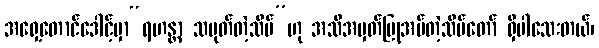
အရှေ့တောင်ဒေါင့်မှာ“ရဟန္တာ သမုတ်တဲ့သိမ်”ဟု အသိအမှတ်ပြုအပ်တဲ့သိမ်တော် ရှိပါသေးတယ်၊